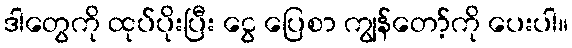
ဒါတွေကို ထုပ်ပိုးပြီး ငွေ ပြေစာ ကျွန်တော့်ကို ပေးပါ။